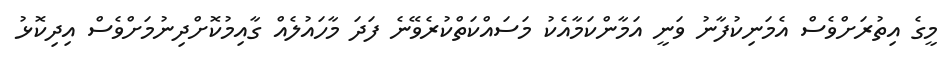
މީގެ އިތުރަށްވެސް އެމަނިކުފާނު ވަނީ އަމާންކަމާއެކު މަސައްކަތްކުރެވޭނެ ފަދަ މާހައުލެއް ގާއިމުކޮށްދިނުމަށްވެސް އިދިކޮޅު